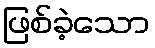
ဖြစ်ခဲ့သော